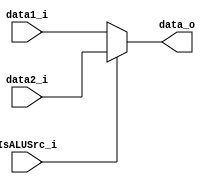
module mux4(
	data1_i,//mux7 result
	data2_i,//signed extend
	IsALUSrc_i,
	data_o
);

input	[31:0]		data1_i;			
input	[31:0]		data2_i;
input				IsALUSrc_i;
output reg	[31:0]	data_o;		

always@(*)begin
	if(IsALUSrc_i)
		data_o = data2_i;
	else
		data_o = data1_i;
end	

endmodule